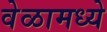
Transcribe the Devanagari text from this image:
वेळामध्ये